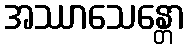
အဿာသေန္တော